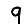
Digit: 9